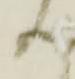
上